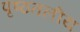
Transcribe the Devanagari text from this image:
पृष्ठतलीय